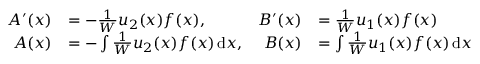
{ \begin{array} { r l r l } { A ^ { \prime } ( x ) } & { = - { \frac { 1 } { W } } u _ { 2 } ( x ) f ( x ) , } & { B ^ { \prime } ( x ) } & { = { \frac { 1 } { W } } u _ { 1 } ( x ) f ( x ) } \\ { A ( x ) } & { = - \int { \frac { 1 } { W } } u _ { 2 } ( x ) f ( x ) \, \mathrm { d } x , } & { B ( x ) } & { = \int { \frac { 1 } { W } } u _ { 1 } ( x ) f ( x ) \, \mathrm { d } x } \end{array} }